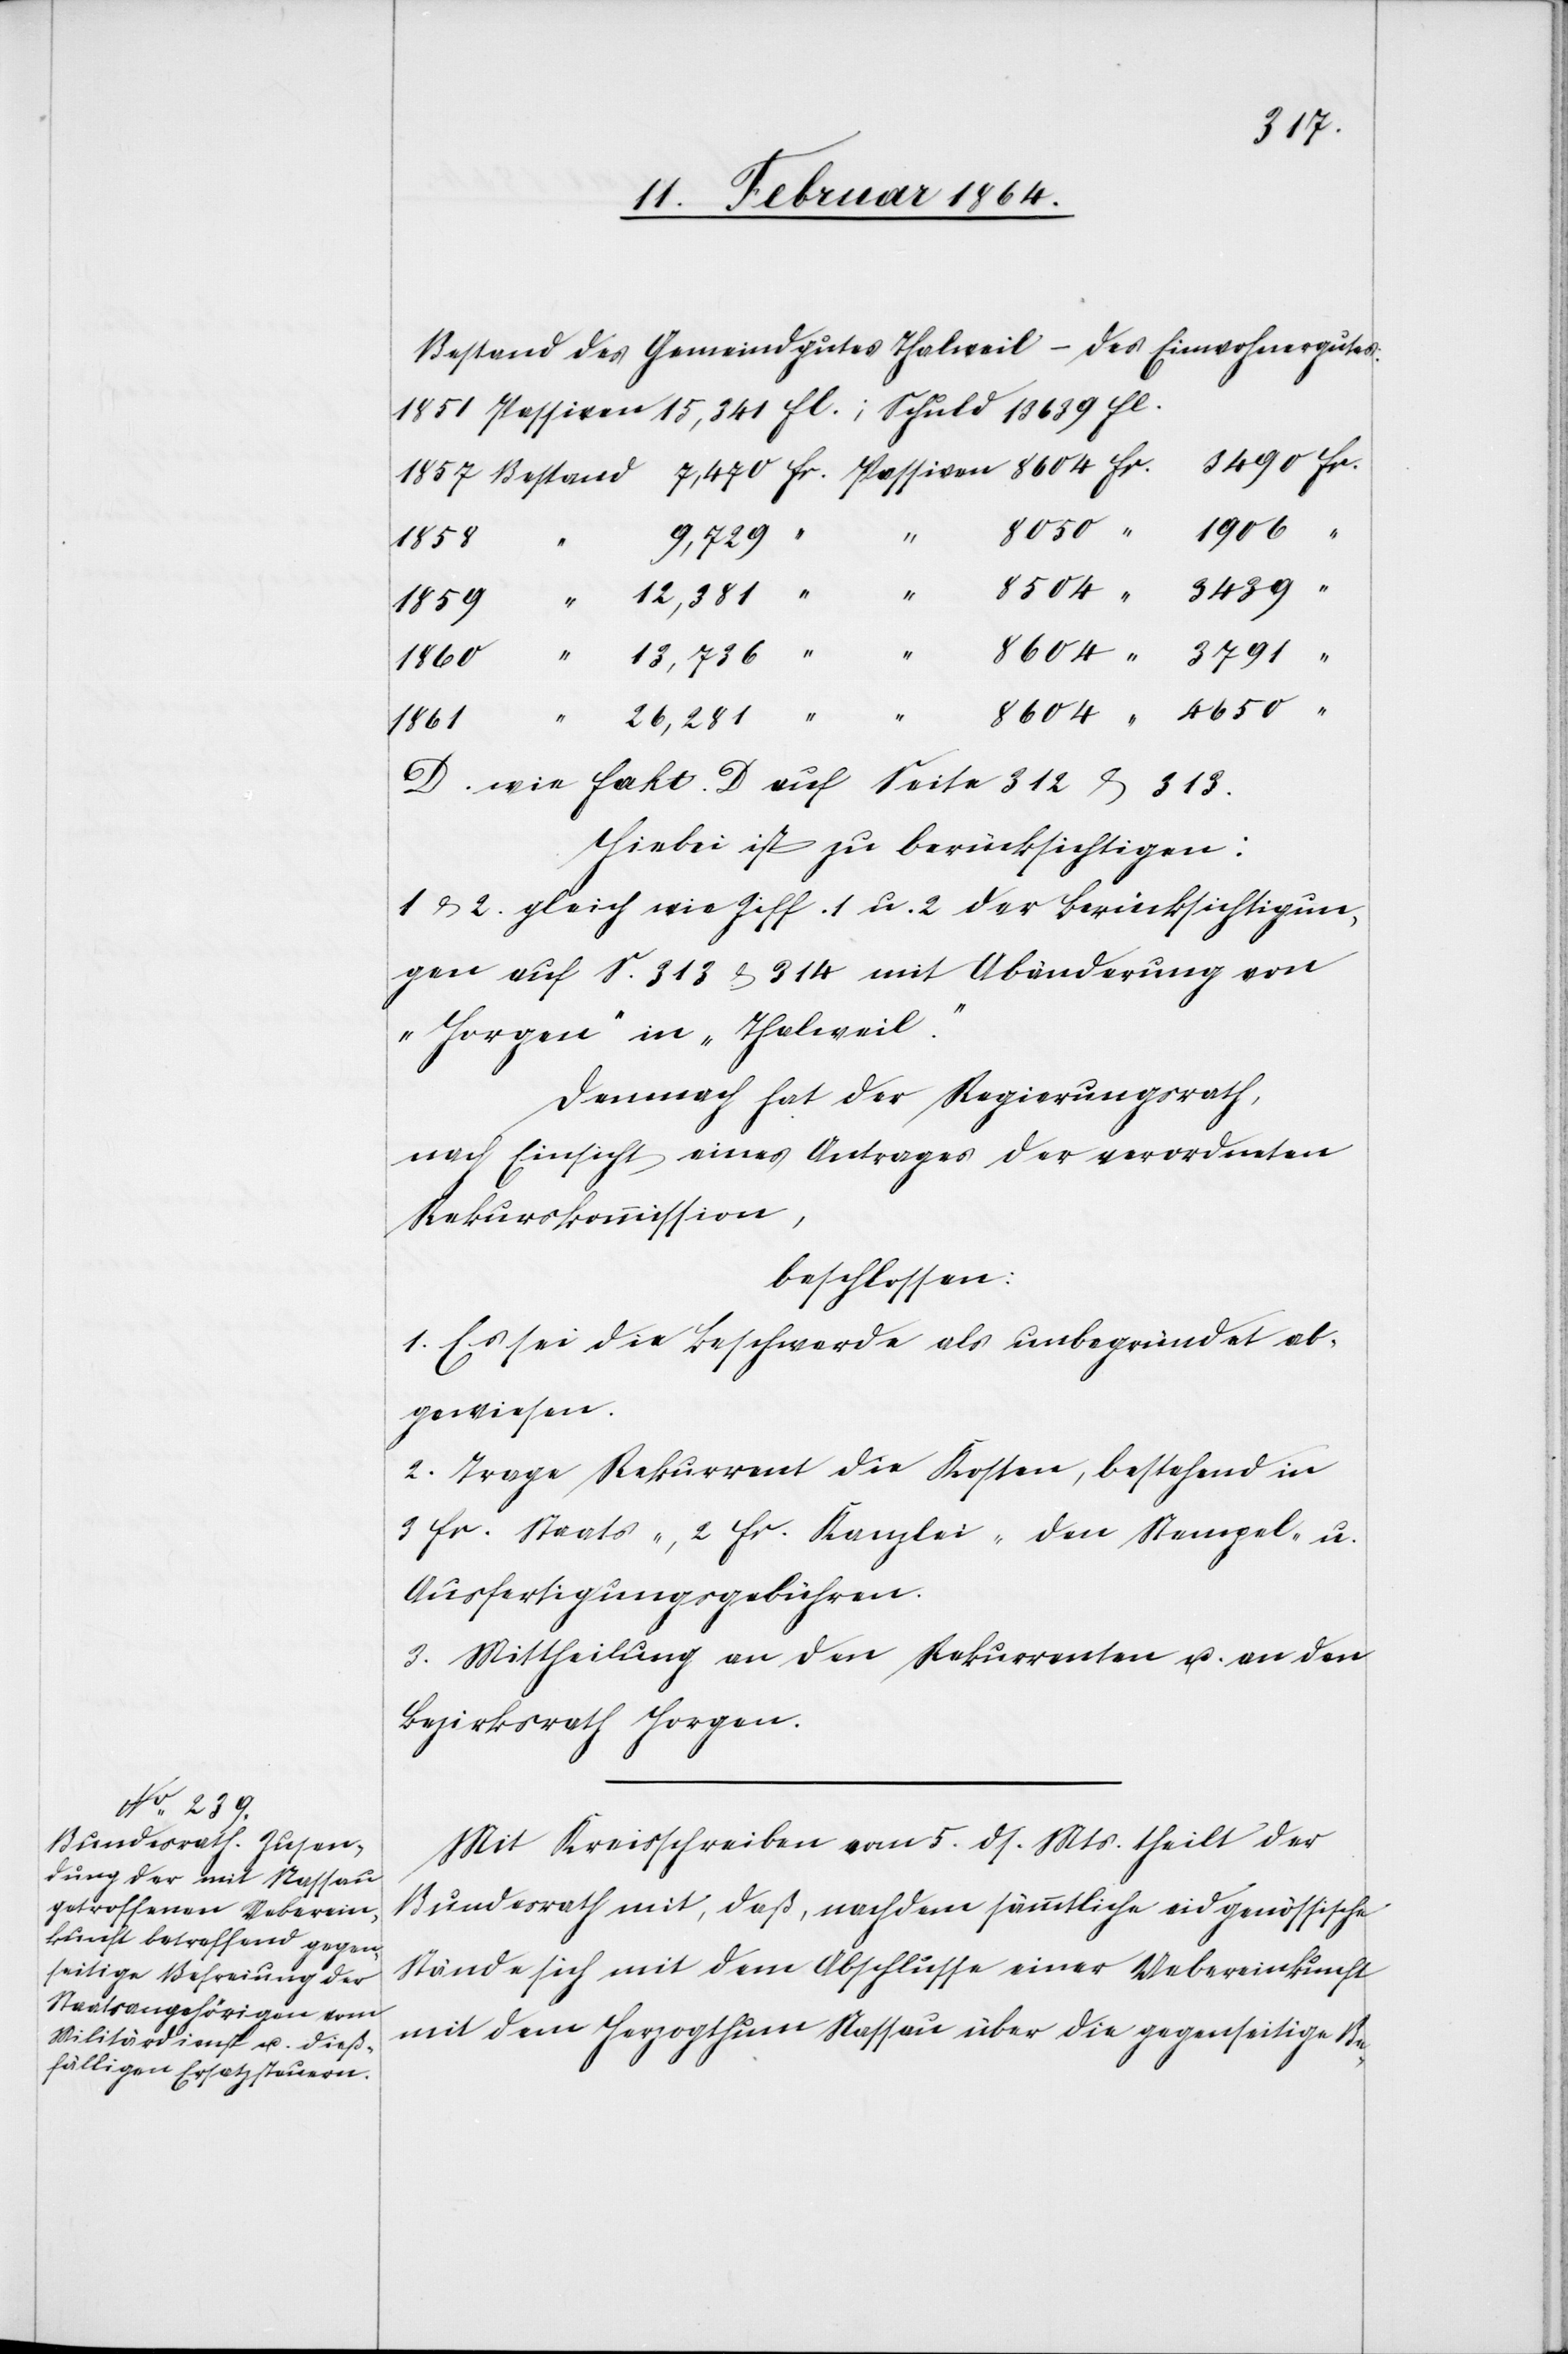
3439
D. wie fakt. D. auf Seite 312 & 313.
Hiebei ist zu berücksichtigen:
1 & 2. gleich wie Ziff. 1 u. 2 der Berücksichtigun¬
gen auf S. 313 & 314 mit Abänderung von
„Horgen“ in „Thalweil.“
Demnach hat der Regierungsrath,
nach Einsicht eines Antrages der verordneten
Rekurskommission,
beschlossen:
1. Es sei die Beschwerde als unbegründet ab¬
gewiesen.
2. Trage Rekurrent die Kosten, bestehend in
3 fr. Staats-, 2 fr. Kanzlei-[,] den Stempel- u.
Ausfertigungsgebühren.
3. Mittheilung an den Rekurrenten u. an den
Bezirksrath Horgen.
Mit Kreisschreiben vom 5. ds. Mts. theilt der
Bundesrath mit, daß, nachdem sämmtliche eidgenössische
Stände sich mit dem Abschlusse einer Uebereinkunft
mit dem Herzogthum Nassau über die gegenseitige Be-